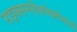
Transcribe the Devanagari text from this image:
राइक्समरीनवेर्फ्टमध्ये